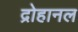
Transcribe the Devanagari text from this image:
द्रोहानल